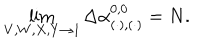
\lim _ { V , W , X , Y \rightarrow 1 } \Delta \alpha _ { ( \cdot ) , ( \cdot ) } ^ { 0 , 0 } = N .